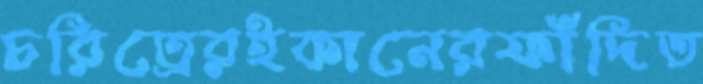
চরিত্রেরইকানেরফাঁদিত